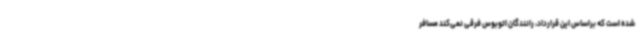
شده است که براساس این قرارداد، رانندگان اتوبوس فرقی نمی‌کند مسافر